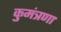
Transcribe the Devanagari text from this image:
कुमंत्रणा